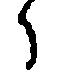
々